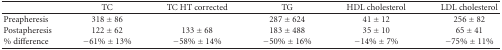
<table><thead><tr><td></td><td><b>TC</b></td><td><b>TC HT corrected</b></td><td><b>TG</b></td><td><b>HDL cholesterol</b></td><td><b>LDL cholesterol</b></td></tr></thead><tbody><tr><td>Preapheresis</td><td>318 ± 86</td><td></td><td>287 ± 624</td><td>41 ± 12</td><td>256 ± 82</td></tr><tr><td>Postapheresis</td><td>122 ± 62</td><td>133 ± 68</td><td>183 ± 488</td><td>35 ± 10</td><td>65 ± 41</td></tr><tr><td>% difference</td><td>−61% ± 13%</td><td>−58% ± 14%</td><td>−50% ± 16%</td><td>−14% ± 7%</td><td>−75% ± 11%</td></tr></tbody></table>